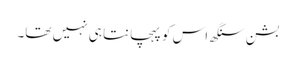
بشن سنگھ اس کو پہچانتا ہی نہیں تھا۔